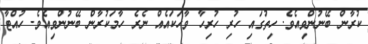
ކުރާން ބޭނުންވިއެވެ. ހިތުގައި ހުރި ހުރިހާ ވާހަކައެއް ނެރެ ހާމަކުރާން ބޭނުންވިއެވެ. ހުއްޓާ